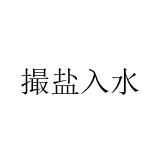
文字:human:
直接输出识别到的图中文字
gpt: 撮盐入水